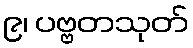
၉၊ ပဗ္ဗတသုတ်